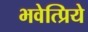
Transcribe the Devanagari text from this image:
भवेत्प्रिये